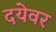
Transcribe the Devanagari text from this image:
दयेवर